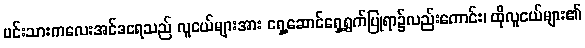
မင်းသားကလေးအင်ဒရေသည် လူငယ်များအား ရှေ့ဆောင်ရှေ့ရွက်ပြုရာ၌လည်းကောင်း၊ ထိုလူငယ်များ၏